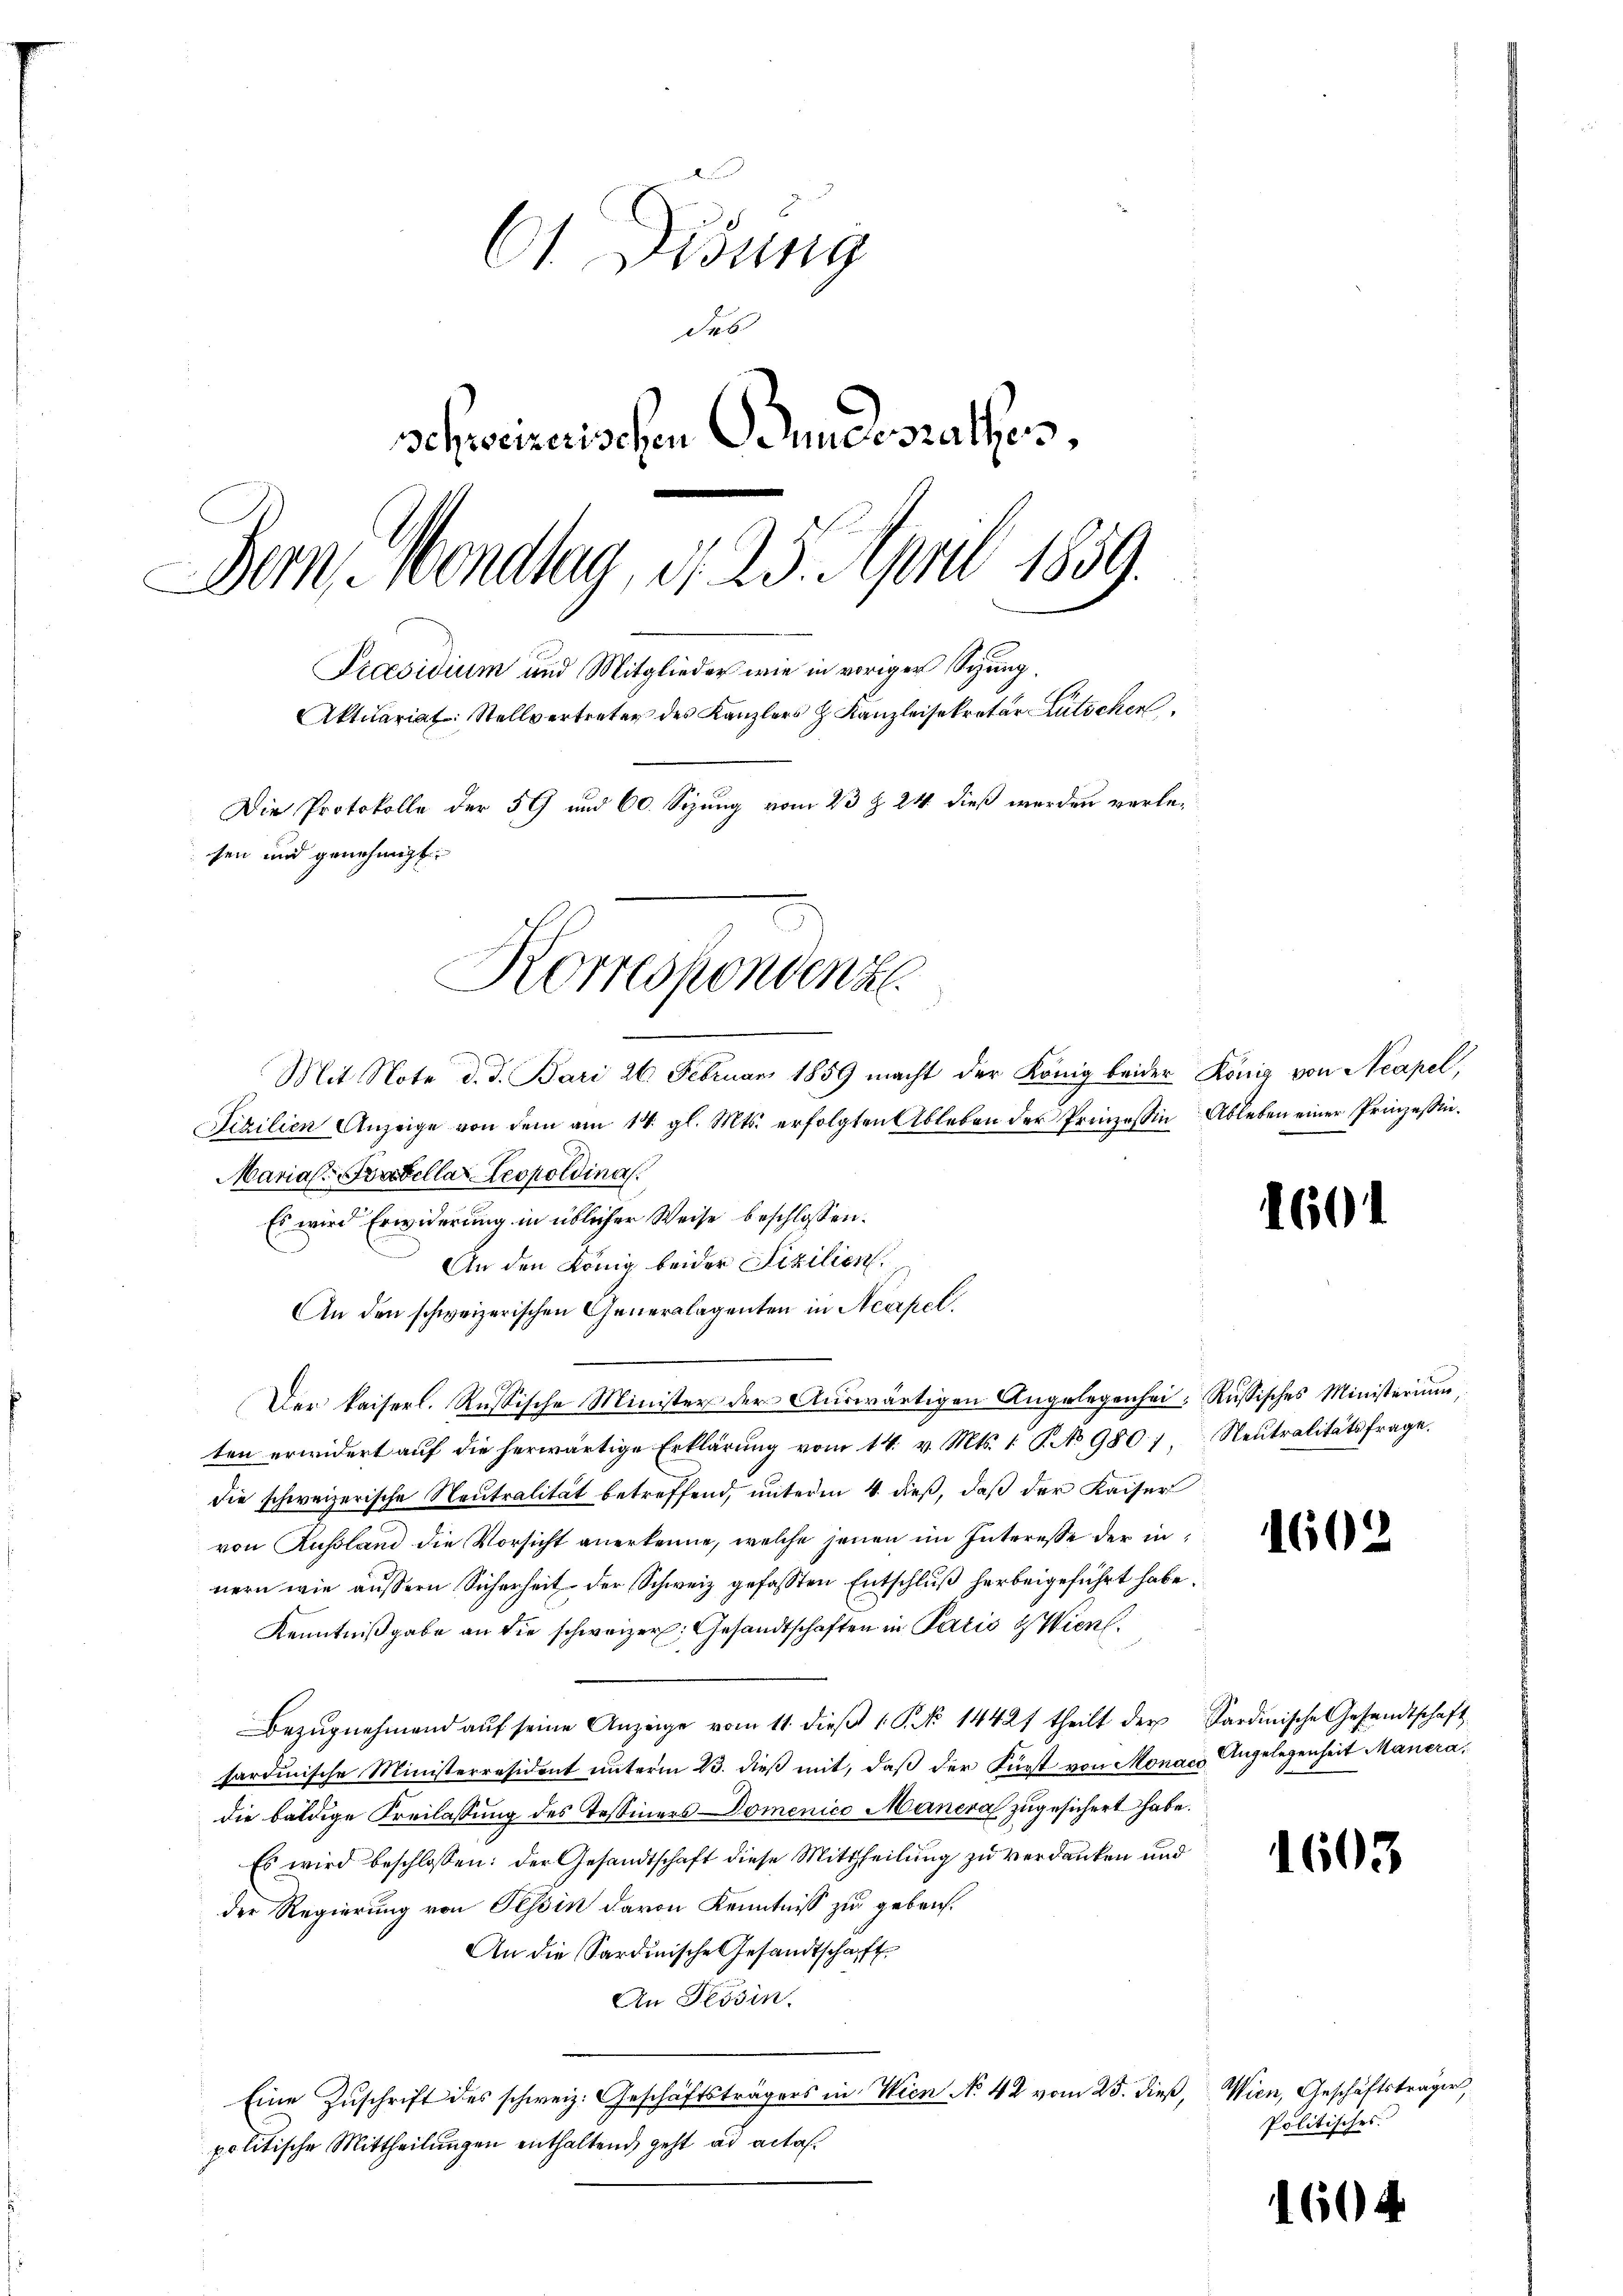
61. Disung
das
schweizerischen Bundesrathen,
Bern, Mondlag, d. 25. April 1859.
Präsidium und Mitglieder wie in voriger Sitzung.
Aktuariat: Stellvertreter des Kanzlers H. Kanzleisekretär Lütschen.
Die Protokolle der 59 und 60. Sizung vom 23 § 24 dieß werden verlesen und genehmigt.
Korrespondenz
Mit Note d. d. Bari 26. Februar 1859 macht der König beider König von Neapel,

Fizilien Anzeige von dem am 14. gl. Mts. erfolgten Ableben der Prinzessin Ableben einer Prinzessin.
Marial. Brodella Leopoldina
Es wird Erwiderung in üblicher Weise beschlossen:
An den König beider Fizilien.
An den schweizerischen Generalagenten in Neapel.
Der kaiserl. Russische Minister der Auswärtigen Angelegenhei; Russisches Ministerium,
ten erwidert auf die herwärtige Erklärung vom 14. v. Mts. 1 S. No 980.)
die schweizerische Neutralität betreffend, unterm 4. dieß, daß der Kaiser
von Russland die Vorsicht anerkenne, welche jenen im Interesse der in
nern wie aussern Sicherheit der Schweiz gefassten Entschluß herbeigeführt habe.
Kenntnißgabe an die schweizer. Gesandtschaften in Paris & Wien.
Bezŭgnehmend aŭf seine Anzeige vom 11. dieβ 1 S. No 14427 theilt der Sardinische Gesandtschaft
sardinische Ministerresident unterm 23. dieß mit, daß der Fürst von Monach Angelegenheit Manera
die baldige Freilassung des Tessiners Domenico Mancra zugesichert habe.
Es wird beschlossen: der Gesandtschaft diese Mittheilung zu verdanken und
der Regierung von Tessin davon Kenntniß zu geben.
An die Sardinische Gesandtschaft
An Tessin.
Eine Zuschrift des schweiz. Geschäftsträgers in Wien No 42 vom 25. dieß, Wien, Geschäftsträger,
politische Mittheilungen enthaltend, geht ad actan¬

160

Neutralitätsfrage.

1602

1603

Politisches

1604